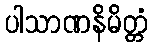
ပါသာဏနိမိတ္တံ